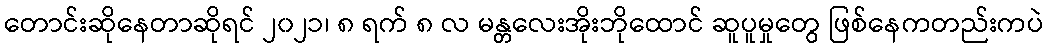
တောင်းဆိုနေတာဆိုရင် ၂၀၂၁၊ ၈ ရက် ၈ လ မန္တလေးအိုးဘိုထောင် ဆူပူမှုတွေ ဖြစ်နေကတည်းကပဲ